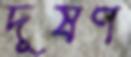
দূষণ